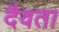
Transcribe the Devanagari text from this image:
दैवता